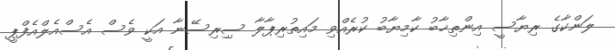
ލަންކާގެ ރިޔާސީ އިންތިޚާބު ކާމިޔާބު ކުރެއްވި މައިތުރިޕާލާ ސިިރިސޭނާ އަކީ ވެސް އެސްއެލްއެފްޕީ